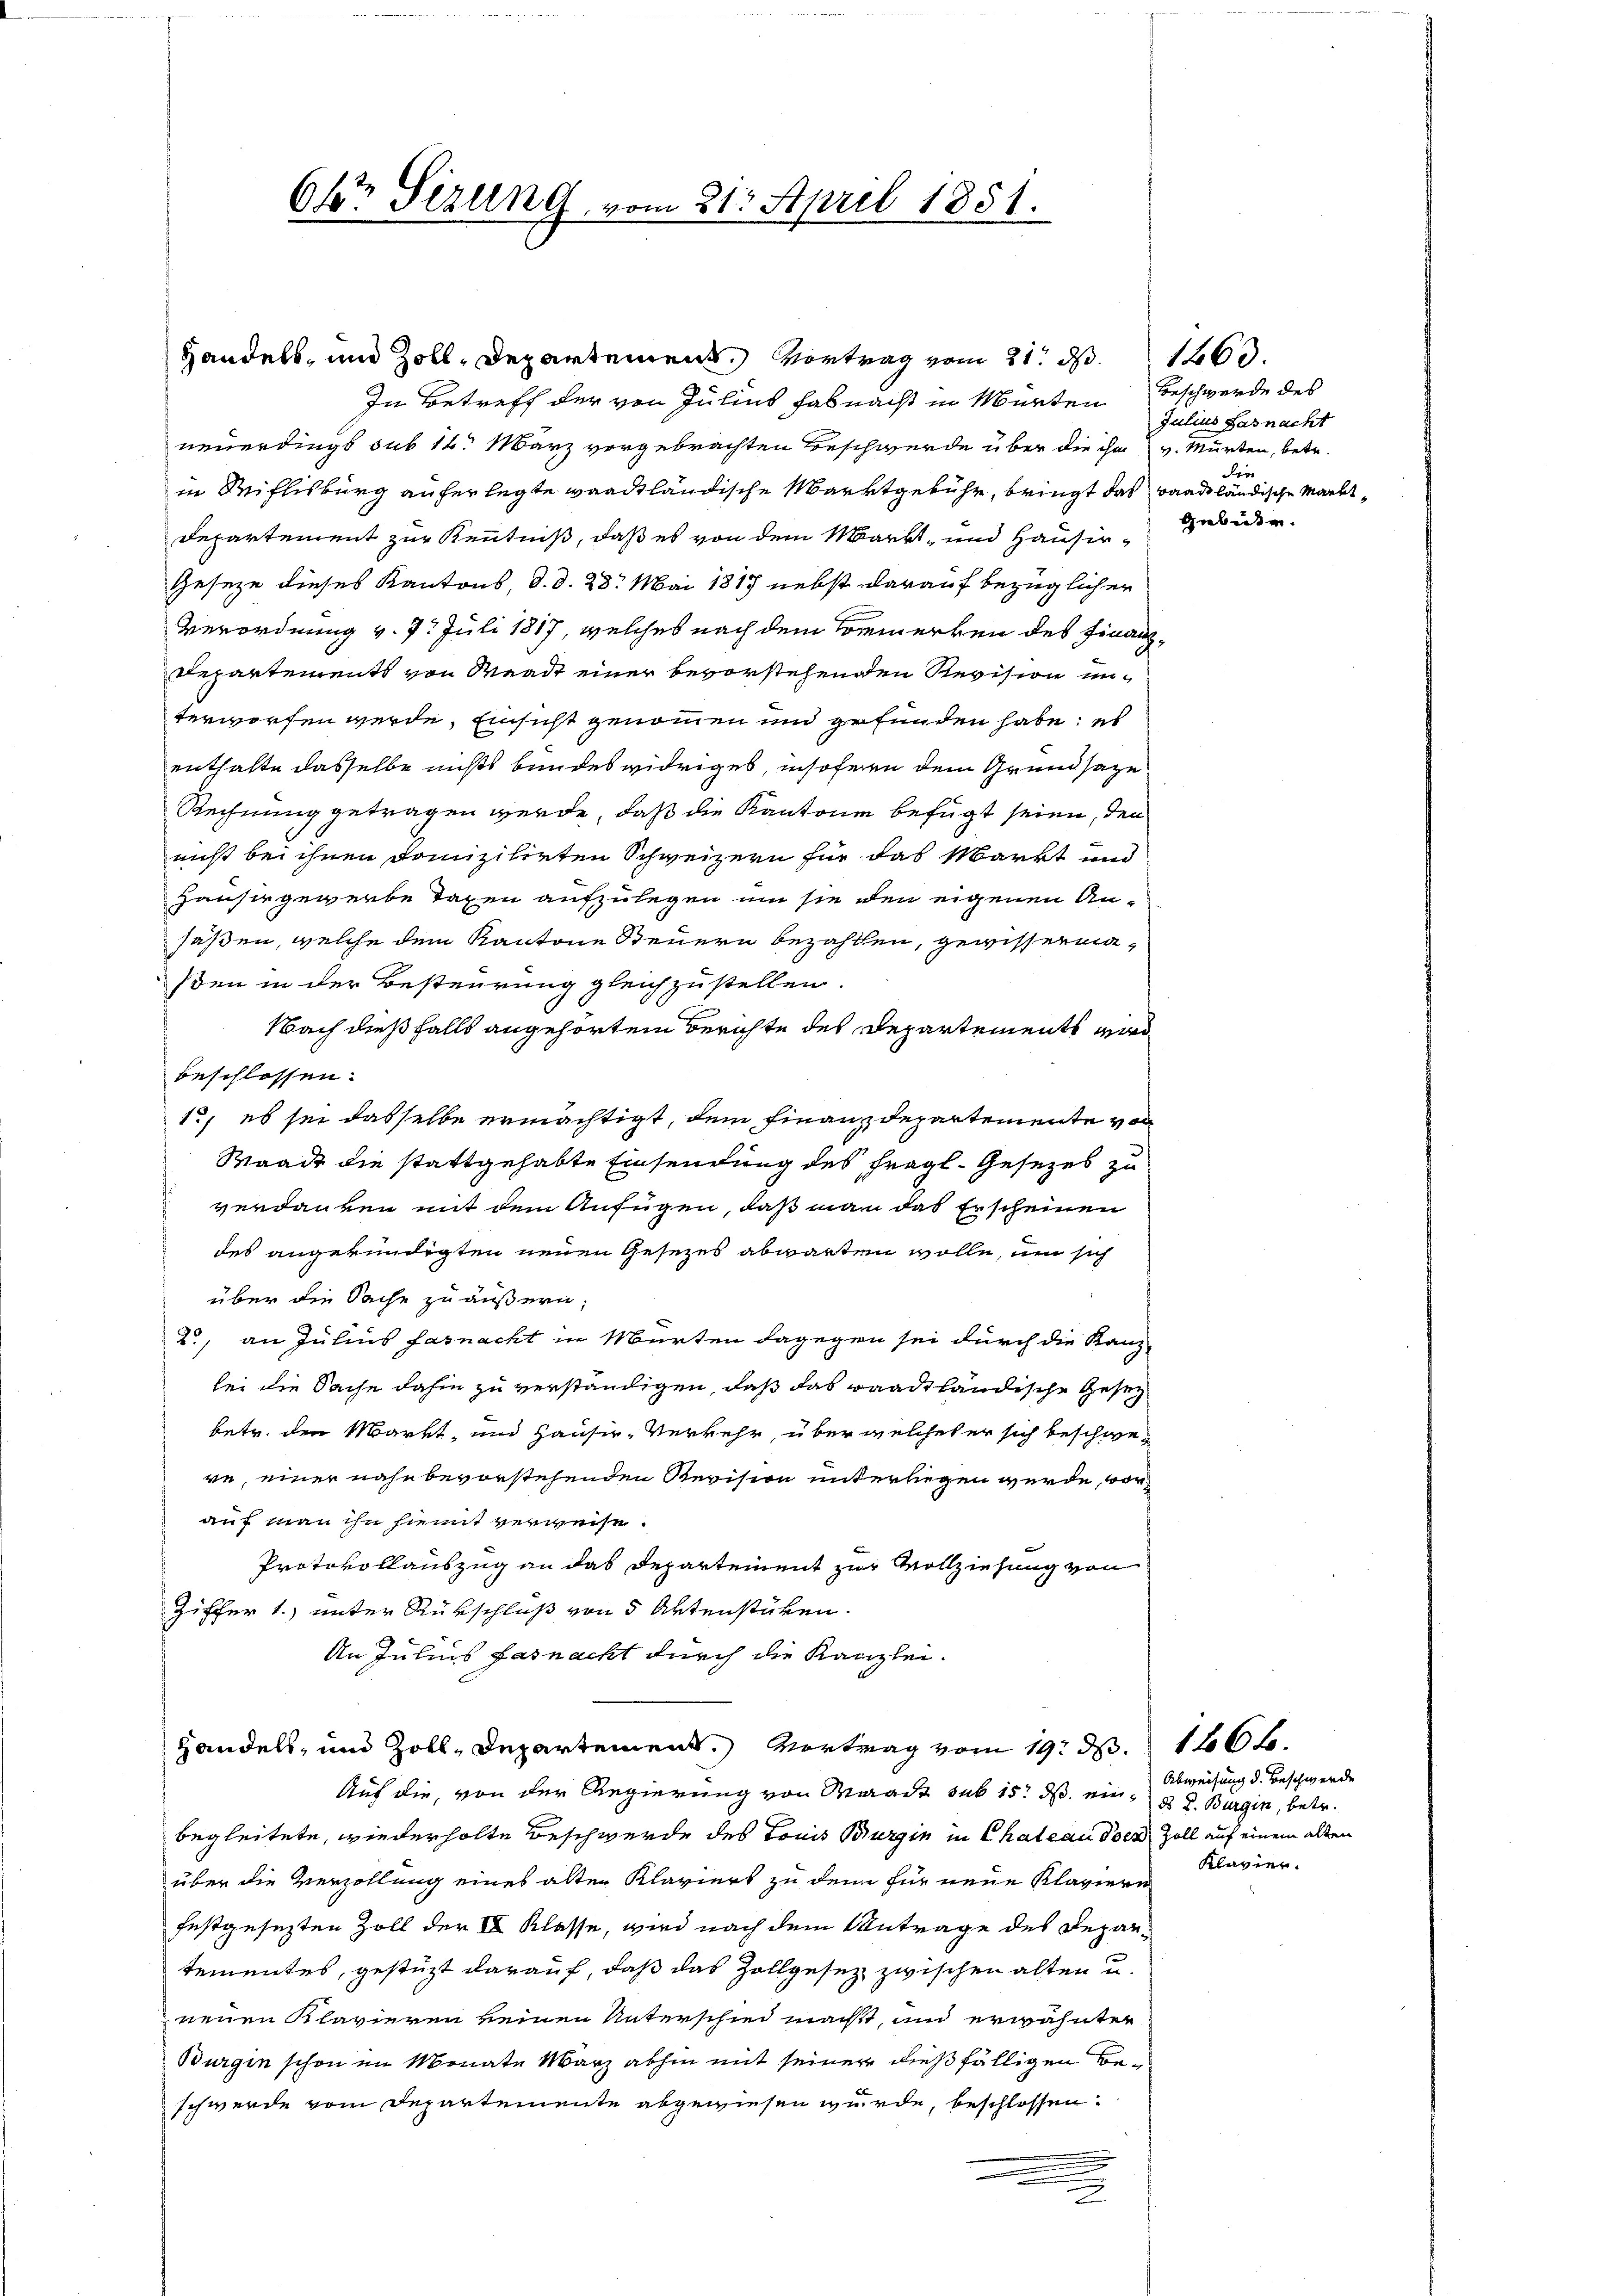
neuerdings sub 14. März vorgebrachten Beschwerde über die ihm v. Mürten, betr.
in Willisburg auferlegte waadtländische Marktgebühr, bringt das baadtländische Markt¬
Departement zur Kenntniß, daß es von dem Markt- und Hausir¬
Gesetze dieses Kantons, d. d. 28. Mai 1817 nebst darauf bezüglicher
Verordnung v. 7. Juli 1817, welches nach dem Bemerken des Finanz¬
Departements von Waadt einer bevorstehenden Revision unterworfen werde, Einsicht genommen und gefunden habe, es
enthalte dasselbe nichts bundes widriges, insofern dem Grundsaze
Rechnung getragen werde, daß die Kantone befügt seien, den
nicht bei ihnen Domizilirten Schweizern für das Markt und
Hauser gewerbe Taxen aufzulegen um sie den eigenen Ansaßen, welche dem Kantone Steuern bezahlen, gewissermasden in der Besteurung gleichzustellen.
Nach dießfalls angehörtem Berichte des Departements wird
beschlossen:
1., es sei dasselbe ermächtigt, dem Finanzdepartemente vor
Waadt die stattgehabte Einsendung des fragl. Gesezes zu
verdanken mit dem Anfügen, daß man das Erscheinen
des angekündigten neuen Gesezes abwarten wolle, um sich
über die Sache zu äußern;
2., an Julius farnacht in Murten dagegen sei durch die Kanz-
bei die Sache dahin zu verständigen, daß das waadtländische Gesez
betr. den Markt, und Hauser-Verkehr, über welches er sich beschweve, einer nahe bevorstehenden Revision unterliegen wurde, vorauf man ihn hiemit verweise.
Protokollauszug an das Departement zur Vollziehung von
Ziffer 1) unter Rückschluß von 5 Aktenstücken.
An Julius fasnacht durch die Kanzlei.
Handels, und Zoll, Departement. Vortrag vom 19. d.
Auf die, von der Regierung von Waadt sub 15. ds. ein, d. d. Burgin, betr.
begleitete, wiederholte Beschwerde des Louis Burg in in Chateau der Zoll auf einem alten
über die Verzollung eines alten Klaviers zu den für neue Klaviere
festgesezten Zoll der II Klasse, wird nach dem Antrage des Departementes, gestüzt darauf, daß das Zollgesez zwischen alten u.
neuen Klavieren keinen Unterschied macht, und erwähnter
Burgen schon im Monate März abhin mit seiner dießfälligen Beschwerde vom Departemente abgewiesen wurde, beschlossen.
u

6kr. Sizung, vom 21. April 1851.

Handels- und Zoll-Departement. Vortrag vom 21. d. 160.
In Betreff der von Julius Fabnacht in Mürten Beschwerde des

Julius Sasnacht
dre
Gebider.

116 f.

Abweisung d. Beschwerde
Klavier.